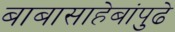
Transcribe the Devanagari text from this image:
बाबासाहेबांपुढे